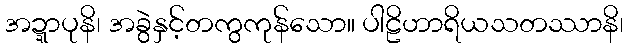
အဍ္ဍာပုနိ၊ အခွဲနှင့်တကွကုန်သော။ ပါဠိဟာရိယသတဿာနိ၊